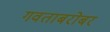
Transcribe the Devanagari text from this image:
गवताबरोबर